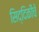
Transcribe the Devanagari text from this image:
सिद्दिकीचे